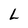
Character: L